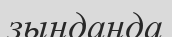
зынданда